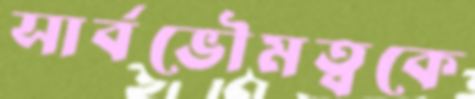
সার্বভৌমত্বকে